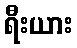
ရီးယား